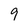
Character: 9